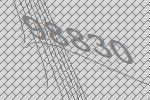
98830